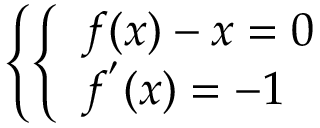
\left\{ \left\{ \begin{array} { l l } { { f ( x ) - x = 0 } } \\ { { f ^ { ' } ( x ) = - 1 } } \end{array} \right. \right.